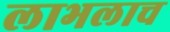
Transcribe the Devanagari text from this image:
लाभलाच